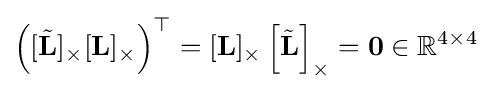
\left([{\tilde {\mathbf {L} }}]_{\times }[\mathbf {L} ]_{\times }\right)^{\top }=[\mathbf {L} ]_{\times }\left[{\tilde {\mathbf {L} }}\right]_{\times }=\mathbf {0} \in \mathbb {R} ^{4\times 4}